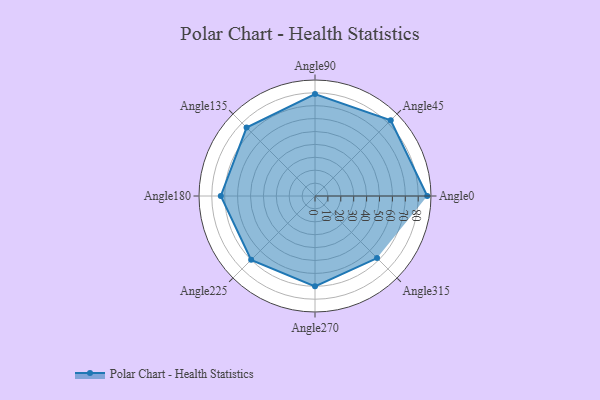
{"axis": {"x": "Angle", "y": "Radius"}, "legend": [""], "data": [{"x": "Angle0", "y": 87.0, "type": ""}, {"x": "Angle45", "y": 83.0, "type": ""}, {"x": "Angle90", "y": 79.0, "type": ""}, {"x": "Angle135", "y": 75.0, "type": ""}, {"x": "Angle180", "y": 73.0, "type": ""}, {"x": "Angle225", "y": 70.0, "type": ""}, {"x": "Angle270", "y": 70.0, "type": ""}, {"x": "Angle315", "y": 68.0, "type": ""}]}